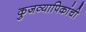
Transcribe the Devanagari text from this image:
कुजव्यापिकांची